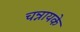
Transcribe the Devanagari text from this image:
चन्नायके